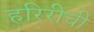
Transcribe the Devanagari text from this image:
हरिरीची